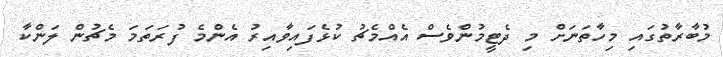
މުބާރާތުގައި މިހާތަނަށް މި ދެޓީމުންވެސް އެއްމެޗު ކުޅެފައިވާއިރު އެންމެ ފުރަތަމަ މެޗުން ލަންކާ